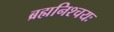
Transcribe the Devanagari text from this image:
ब्रह्मनिश्चयः